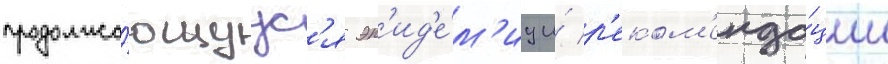
продолжа́ющуус'я эп'ид'е́м'иу и́ р'еком'енда́ции